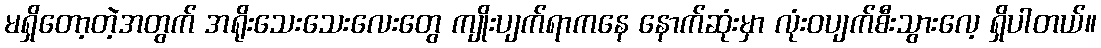
မရှိတော့တဲ့အတွက် အရိုးသေးသေးလေးတွေ ကျိုးပျက်ရာကနေ နောက်ဆုံးမှာ လုံးဝပျက်စီးသွားလေ့ ရှိပါတယ်။